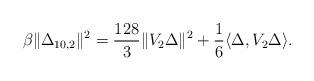
LaTeX: \begin{align*}\beta \Vert\Delta_{10, 2}\Vert^2 =\frac{128}{3} \Vert V_2\Delta\Vert^2+ \frac{1}{6}\langle \Delta, V_2 \Delta \rangle.~~~~~~~~~~~~~\end{align*}